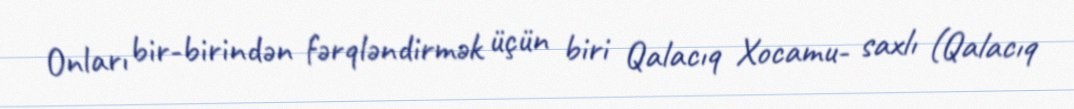
Onları bir-birindən fərqləndirmək üçün biri Qalacıq Xocamu- saxlı (Qalacıq